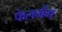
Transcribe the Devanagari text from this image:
फेलमैंग